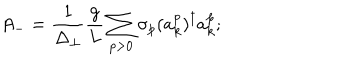
A _ { - } = \frac { 1 } { \Delta _ { \perp } } \frac { g } { L } \sum _ { p > 0 } \sigma _ { p } ( a _ { k } ^ { p } ) ^ { \dagger } a _ { k } ^ { p } ;